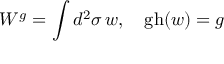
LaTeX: W ^ { g } = \int d ^ { 2 } \sigma \, w , \quad \mathrm { g h } ( w ) = g